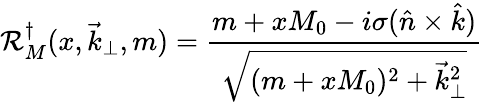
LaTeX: {\mathcal R}_{M}^{\dagger}(x,\vec{k}_{\perp},m)=\frac{m+xM_{0}-i\sigma(\hat{n}\times\hat{k})}{\sqrt{(m+xM_{0})^{2}+\vec{k}_{\perp}^{2}}}